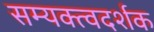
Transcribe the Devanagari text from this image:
सम्यक्त्वदर्शक